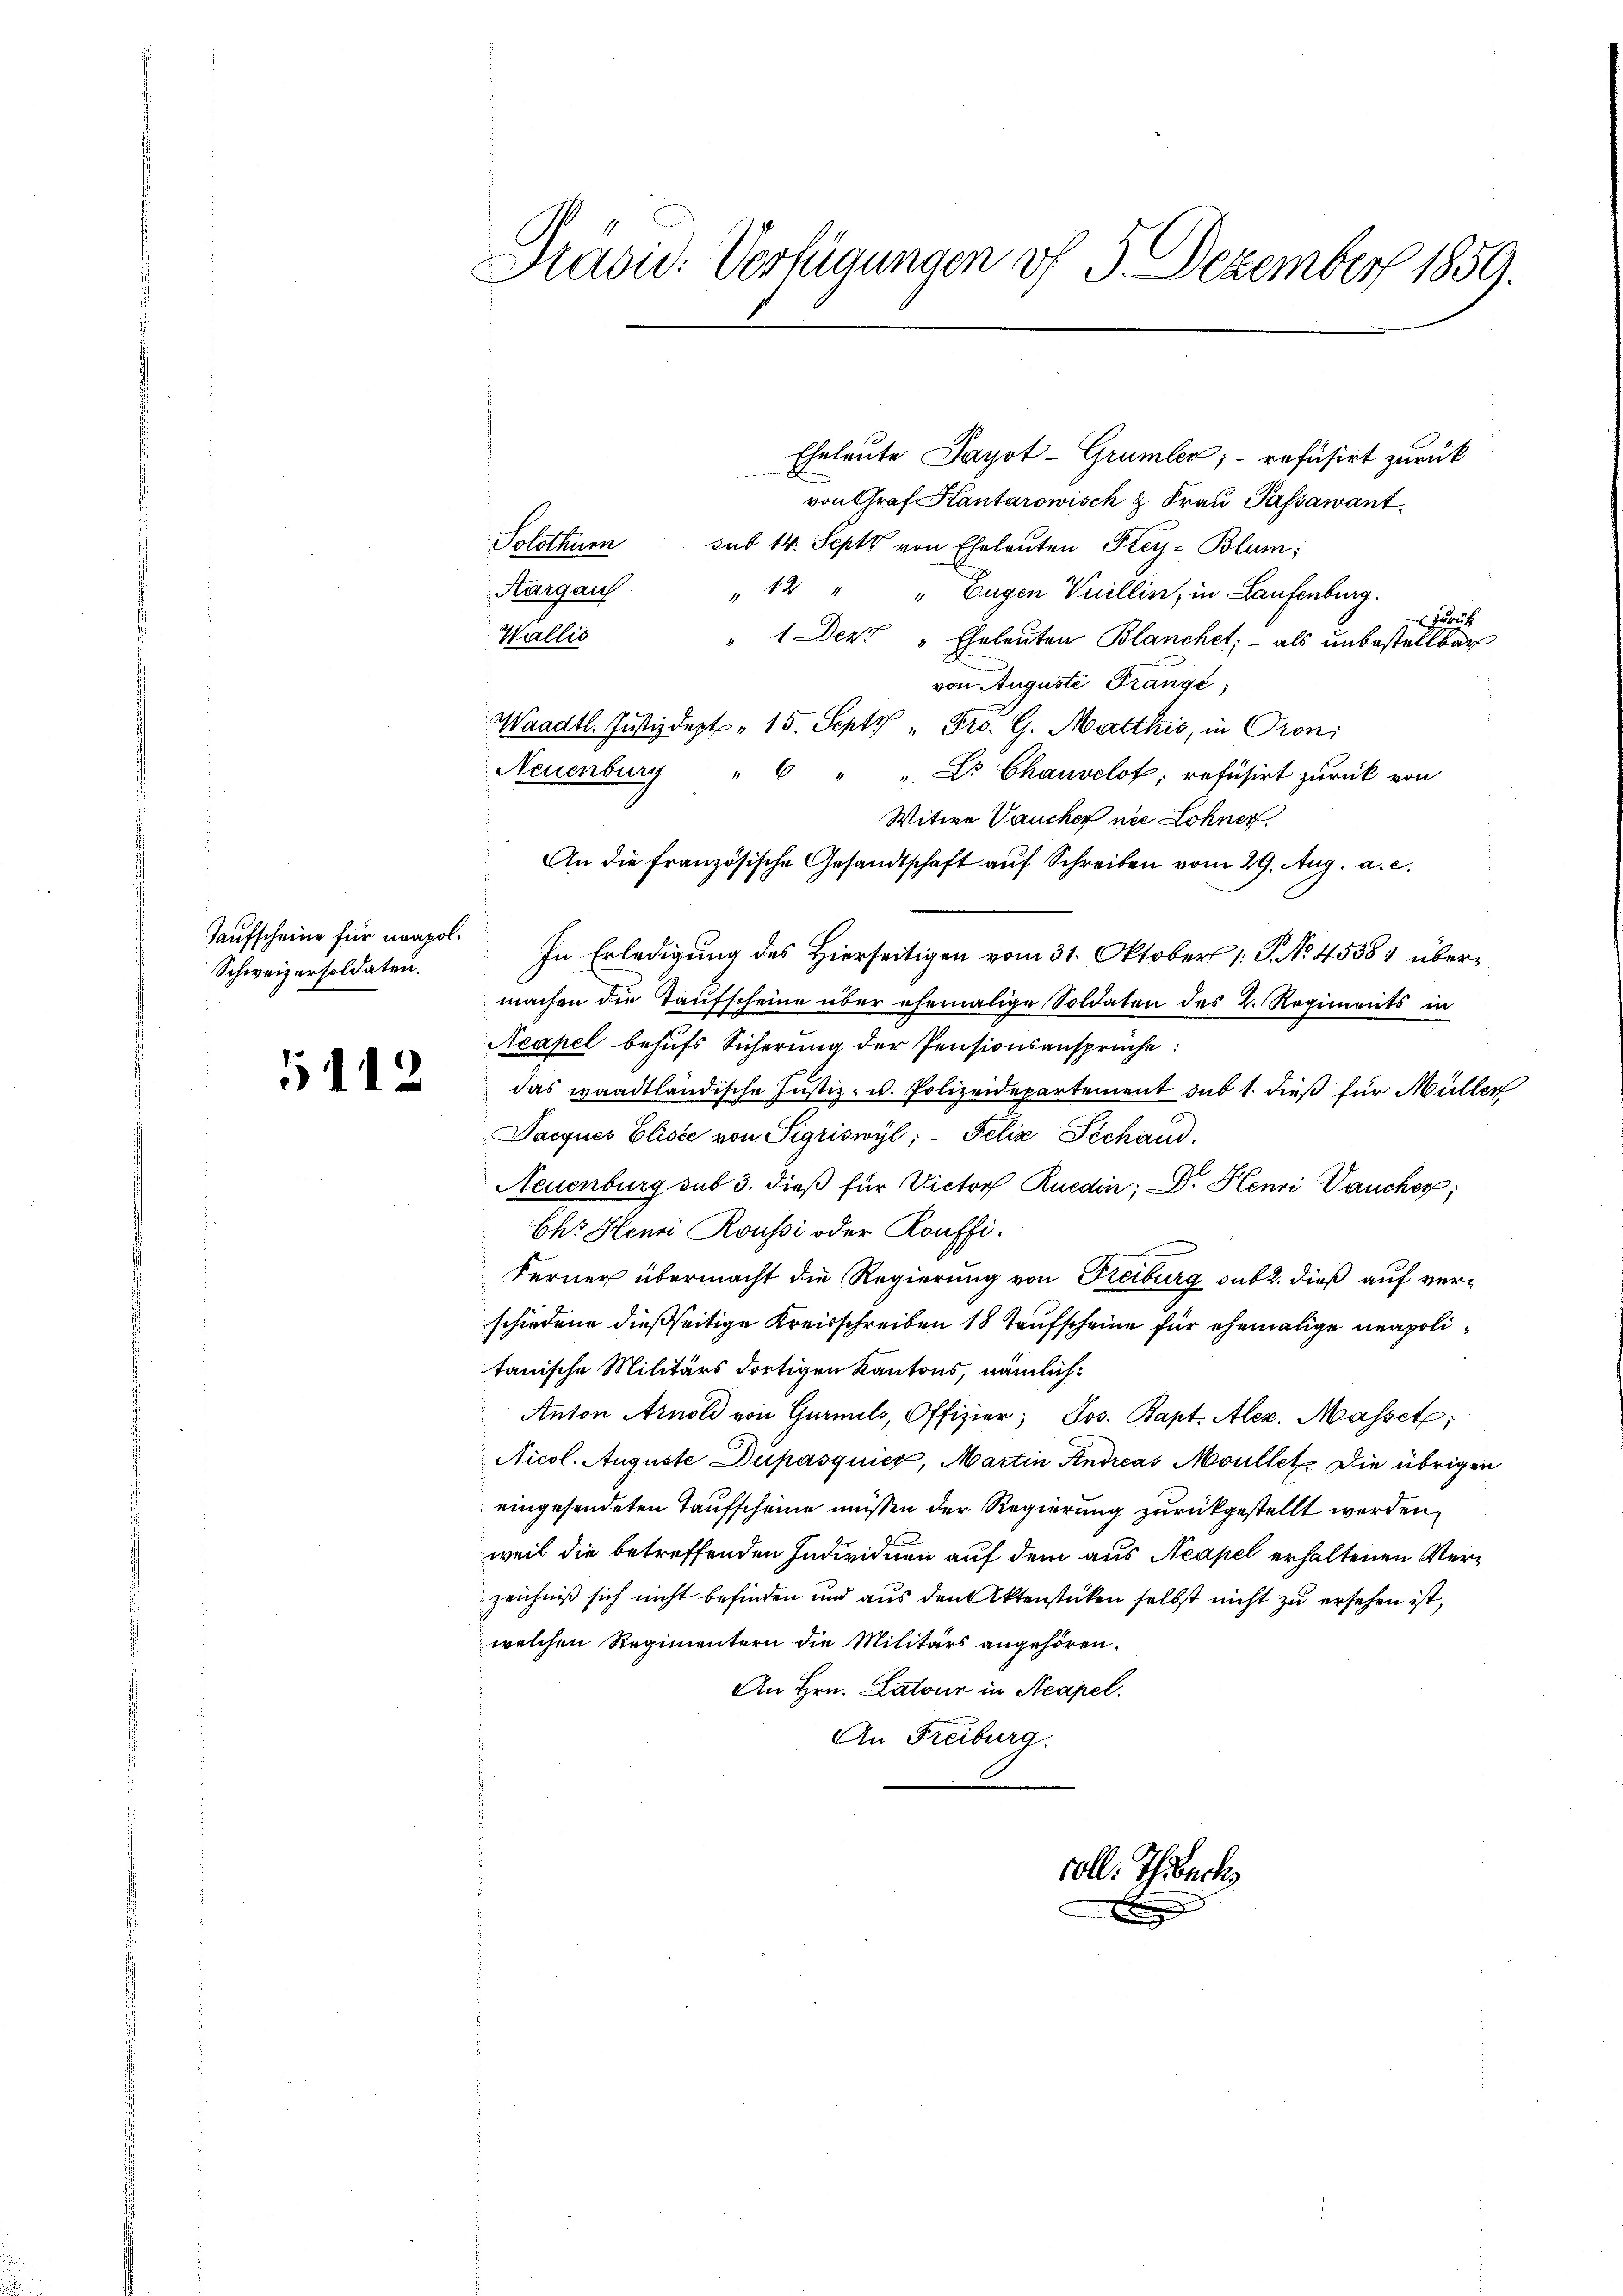
Taufscheine für neapol.
Schweizersoldaten.

5112

Hasu: Verfügungen vf 5. Dezember 1859.

Eheleute Payot-Grumber;- refusirt zurück
von Graf Kantorowisch & Frau Passawant
Solothurn sub 14. Sept von Eheleuten Frey- Blum;
" 12 " " Eugen Villin, in Laufenburg.
zuruf
" 1 Dez. "Eheleuten Blanchet, - als unbestellbar
von Auguste Frange,
Waadt. Justizdept. 15. Sept. " Frs. G. Matthis, in Proni
Neuenburg " 6 " Dr. Chauvelot; refusirt zurück von
Witwe Vaucher nie Lohner
An die französische Gesandtschaft auf Schreiben vom 29. Aug. a. c.
In Erledigung des Hierseitigen vom 31. Oktober 1. P. No. 45381 übermachen die Taufscheine über ehemalige Soldaten des 2. Regiments in
Neapel behufs Sicherung der Pensionsansprüche:
das waadtländische Justiz- u. Polizeidepartement sub 1. dieß für Müller
Jacques Elisie von Sigriswyl, - Felix Schand,
Neuenburg sub 3. dieß für Victor Ruedin; D. Henri Vaucher;
Ch. Henri Roussi oder Konffi¬
Ferner übermacht die Regierung von Freiburg sub 2. dieß auf verschiedene dießseitige Kreisschreiben 18 Taufscheine für ehemalige neapolitanische Militärs dortigen Kantons, nämlich¬
Anton Arnold von Gurmels, Offizier; Jos. Bapt. Alez. Masset;
Nicol. Auguste Dupasquier, Martin Andreas Moullet. Die übrigen
eingesendeten Taufscheine müssen der Regierung zurückgestellt werden,
weil die betreffenden Individuen auf dem aus Neapel erhaltenen Verzeichniß sich nicht befinden und aus den Aktenstücken selbst nicht zu ersehen ist,
welchen Regimentern die Militärs angehören.
An Hrn. Latour in Acapel
An Freiburg.

Aargau
Wallis

soll. Thibach